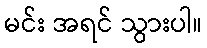
မင်း အရင် သွားပါ။